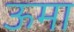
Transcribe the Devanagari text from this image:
ऊमा